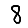
Digit: 8